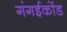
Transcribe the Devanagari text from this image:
गंगईकोंड